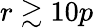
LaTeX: r\gtrsim 10p